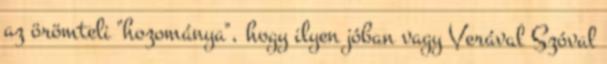
az örömteli "hozománya", hogy ilyen jóban vagy Verával Szóval